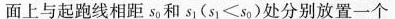
面上与起跑线相距s_{0}和s_{1}($$s _ { 1 } ≤ s _ { 0 }$$)处分别放置一个